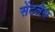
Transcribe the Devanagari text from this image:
सेंटलेस